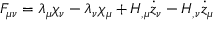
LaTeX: F _ { \mu \nu } = \lambda _ { \mu } \chi _ { \nu } - \lambda _ { \nu } \chi _ { \mu } + H _ { , \mu } \dot { z } _ { \nu } - H _ { , \nu } \dot { z } _ { \mu }